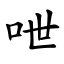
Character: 呭